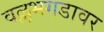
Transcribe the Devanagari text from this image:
वल्लभगडावर